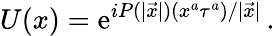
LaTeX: U(x)=\mathrm{e}^{iP(|{\vec{x}}|)(x^{a}\tau^{a})/|{\vec{x}}|}\, .